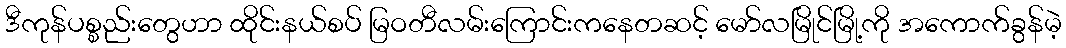
ဒီကုန်ပစ္စည်းတွေဟာ ထိုင်းနယ်စပ် မြဝတီလမ်းကြောင်းကနေတဆင့် မော်လမြိုင်မြို့ကို အကောက်ခွန်မဲ့